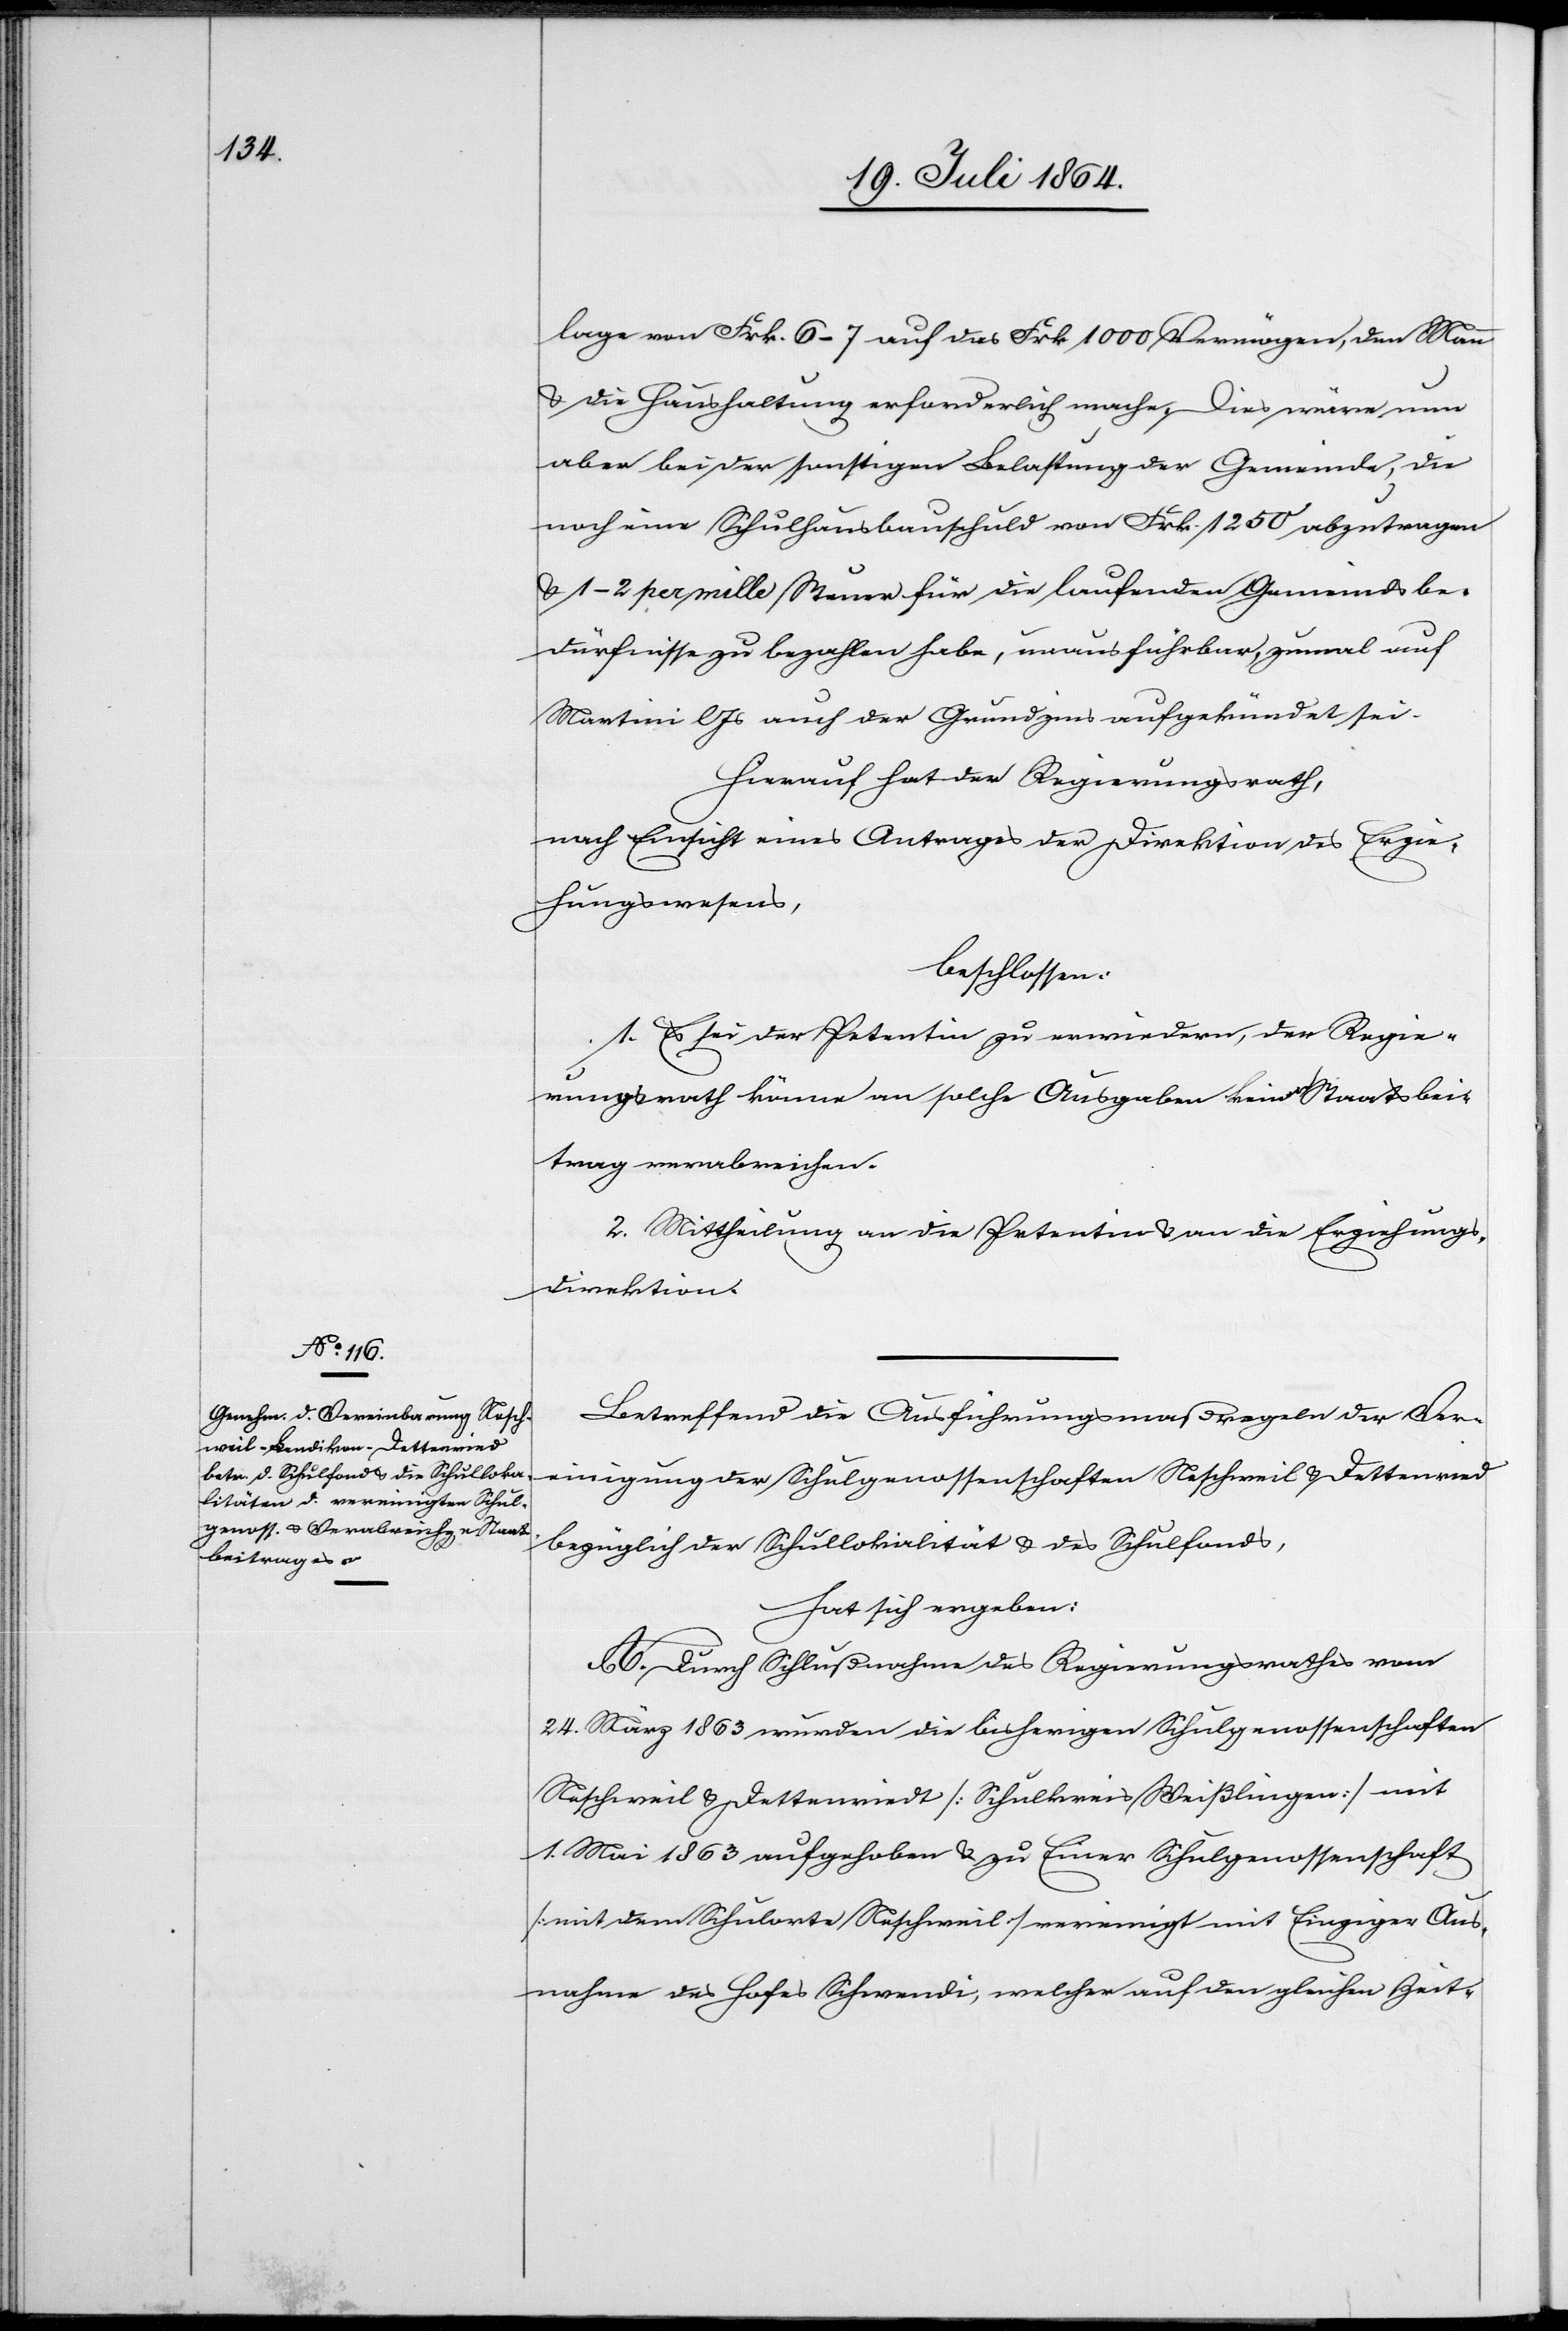
lage von Frk. 6–7 auf das Frk 1000 Vermögen, den Mann
u. die Haushaltung erforderlich mache. Dies wäre nun
aber bei der sonstigen Belastung der Gemeinde, die
noch eine Schulhausbauschuld von Frk. 1250 abzutragen
u. 1–2 per mille Steuer für die laufenden Gemeindsbe¬
dürfnisse zu bezahlen habe, unausführbar, zumal auf
Martini l. Js. auch der Grundzins aufgekündet sei.
Hierauf hat der Regierungsrath,
nach Einsicht eines Antrages der Direktion des Erzie¬
hungswesens,
beschlossen:
1. Es sei der Petentin zu erwiedern, der Regie¬
rungsrath könne an solche Ausgaben keinen Staatsbei¬
trag verabreichen.
2. Mittheilung an die Petentin u. an die Erziehungs¬
direktion.
Betreffend die Ausführungsmaßregeln der Ver¬
einigung der Schulgenossenschaften Neschweil u. Dettenried
bezüglich der Schullokalität u. des Schulfonds,
hat sich ergeben:
A. Durch Schlußnahme des Regierungsrathes vom
24. März 1863 wurden die bisherigen Schulgenossenschaften
Neschweil u. Dettenriedt [Schulkreis Weißlingen] mit
1. Mai 1863 aufgehoben u. zu Einer Schulgenossenschaft
[mit dem Schulorte Neschweil] vereinigt mit Einziger Aus¬
nahme des Hofes Schwendi, welcher auf den gleichen Zeit-